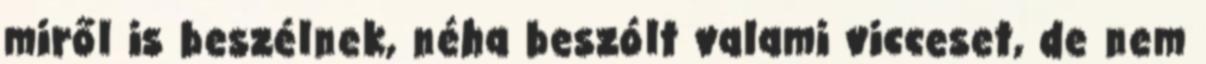
miről is beszélnek, néha beszólt valami vicceset, de nem